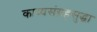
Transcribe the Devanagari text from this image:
काव्यसंग्रहसुद्धा